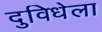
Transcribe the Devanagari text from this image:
दुविधेला